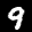
Digit: 9